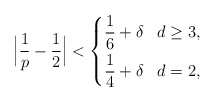
\begin{align*}\Big |\frac{1}{p}-\frac12 \Big |< \left\{\aligned& \frac16 +\delta & & d\ge 3,\\& \frac14 +\delta & & d=2,\endaligned\right.\end{align*}